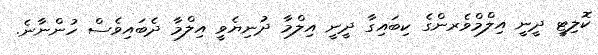
ކޮލިޓީ ދީނީ އިލްމްވެރންގެ ކިބައިގާ ދީނީ އިލްމާ ދުނިޔެވީ އިލްމާ ދެބައިވެސް ހުންނާނެ.